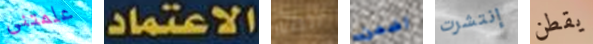
علمتنى الاعتماد الطيار اضمن إنتشرت يقطن